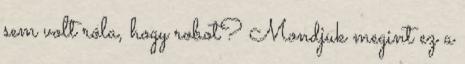
sem volt róla, hogy robot? Mondjuk megint ez a